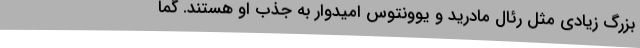
بزرگ زیادی مثل رئال مادرید و یوونتوس امیدوار به جذب او هستند. گما